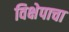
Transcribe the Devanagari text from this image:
विक्षेपाचा